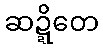
ဆဍ္ဍိတေ